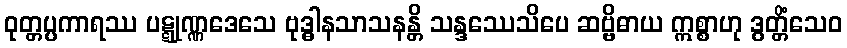
ဝုတ္တပ္ပကာရဿ ပဋ္ဋုဏ္ဏဒေသေ ဗုဒ္ဓါနသာသနန္တိ သန္ဒဿေသိပေ ဆဗ္ဗိဓာယ ဣစ္စာဟု ဒွတ္တိံသေဝ